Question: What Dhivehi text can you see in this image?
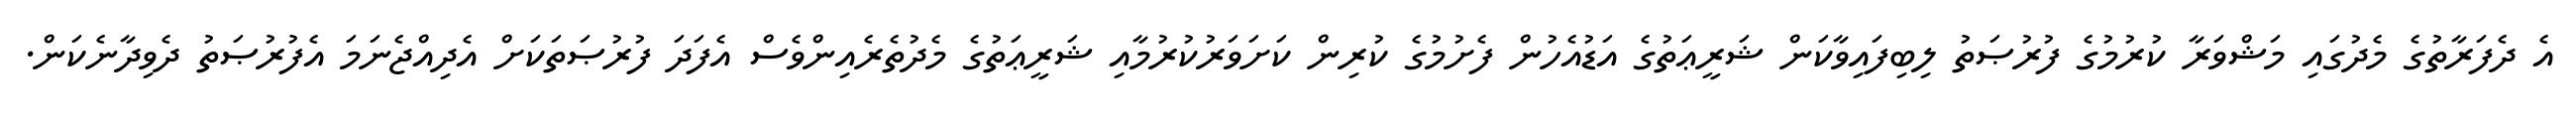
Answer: އެ ދެފަރާތުގެ މެދުގައި މަޝްވަރާ ކުރުމުގެ ފުރުޞަތު ލިބިފައިވާކަން ޝަރީޢަތުގެ އަޑުއެހުން ފެށުމުގެ ކުރިން ކަށަވަރުކުރުމާއި ޝަރީޢަތުގެ މެދުތެރެއިންވެސް އެފަދަ ފުރުޞަތަކަށް އެދިއްޖެނަމަ އެފުރުޞަތު ދެވިދާނެކަން.